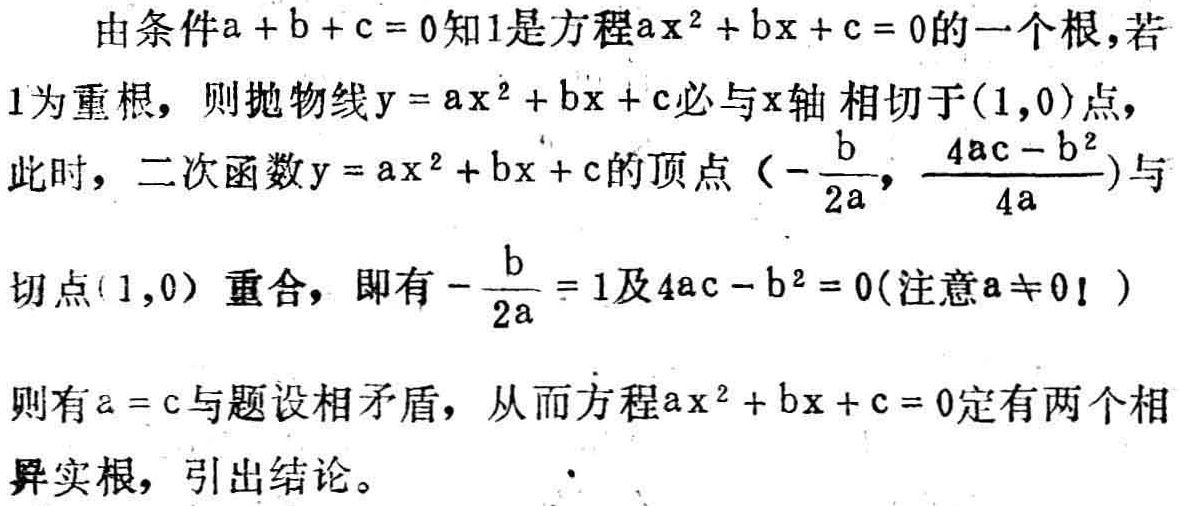
由条件\(a + b + c = 0\)知\(1\)是方程\(ax^{2} + bx + c = 0\)的一个根，若\(1\)为重根，则抛物线\(y = ax^{2} + bx + c\)必与\(x\)轴 相切于\((1,0)\)点，此时，二次函数\(y = ax^{2} + bx + c\)的顶点\((-\frac{b}{2a}, \frac{4ac - b^{2}}{4a})\)与切点\((1,0)\)重合，即有\(-\frac{b}{2a} = 1\)及\(4ac - b^{2} = 0\)（注意\(a\neq 0\)！）则有\(a = c\)与题设相矛盾，从而方程\(ax^{2} + bx + c = 0\)定有两个相异实根，引出结论。